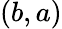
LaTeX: (b,a)